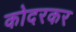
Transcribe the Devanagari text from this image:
कोदरकर